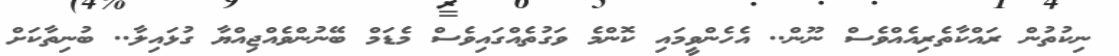
ނިކުތުން ރައްކާތެރިއެއްވެސް ނޫން.. އެހެންވީމައި ކޮންމެ ވަގުތެއްގައިވެސް މެޑަމް ބޭނުންވެއްޖިއްޔާ ގުޅައިލާ.. ބުނިތާކަށް